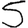
Digit: 5